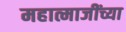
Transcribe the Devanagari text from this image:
महात्माजींच्या